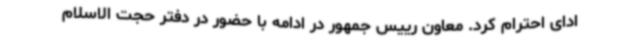
ادای احترام کرد. معاون رییس جمهور در ادامه با حضور در دفتر حجت الاسلام